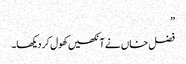
”
فضل خاں نے آنکھیں کھول کر دیکھا۔